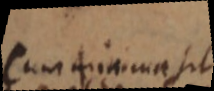
Cum minimae sit